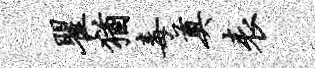
瞿犹毒奠表